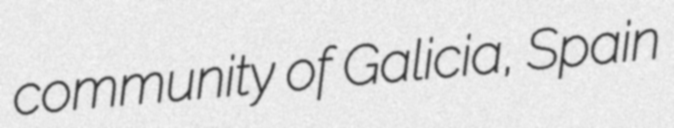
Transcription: community of Galicia, Spain